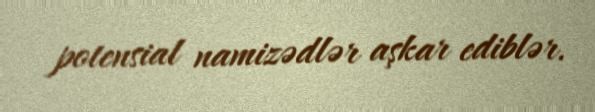
potensial namizədlər aşkar ediblər.